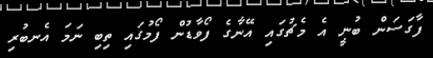
ފާގަސަން ބުނީ އެ މެޗުގައި އޭނާގެ ފޯވާޑުން ފޯމުގައި ތިބި ނަމަ އެނބުރި